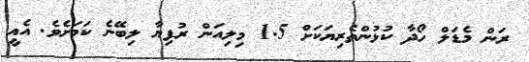
ރަން މެޑަލް ހޯދާ ކުޅުންތެރިޔަކަށް 1.5 މިލިއަން ރުފިޔާ ލިބޭނެ ކަމަށެވެ. އެއީ